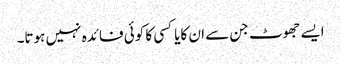
ایسے جھوٹ جن سے ان کایاکسی کا کوئی فائدہ نہیں ہوتا۔